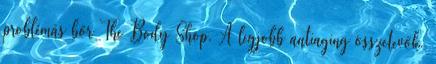
problémás bőr The Body Shop. A legjobb antiaging összetevők.